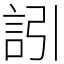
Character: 訠